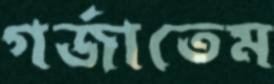
গর্‌জাতেম